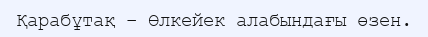
Қарабұтақ – Өлкейек алабындағы өзен.